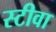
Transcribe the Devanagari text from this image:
स्टीवा